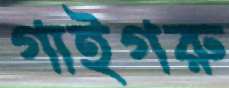
গাইগরু